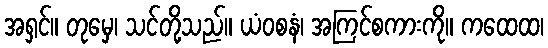
အရှင်။ တုမှေ၊ သင်တို့သည်။ ယံဝစနံ၊ အကြင်စကားကို။ ကထေထ၊